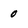
Character: 0